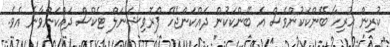
ކުރިން ހުރިހާ ބޭންކަކުންވެސް އެ ބޭންކަކުން ދައްކަންޖެހޭ ޕްރޮވިޝަނަލް ޓެކްސް ދައްކަންވާނެ އެވެ.